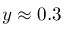
y \approx 0 . 3